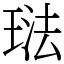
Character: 琺